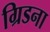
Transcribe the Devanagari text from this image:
ग्रिडना